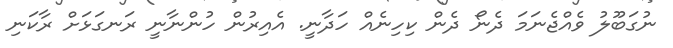
ނުގަބޫލު ވެއްޖެނަމަ ދެނޯ ދެން ކިހިނެއް ހަދާނީ. އެއިރުން ހުންނާނީ ރަނގަޅަށް ރާކަނި